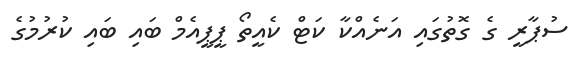
ސުޕާރީ ގެ ގޮތުގައި އަނެއްކާ ކަޓް ކެއީތޯ ޕީޕީއެމް ބައި ބައި ކުރުމުގެ